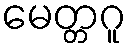
မေတ္တဂူ